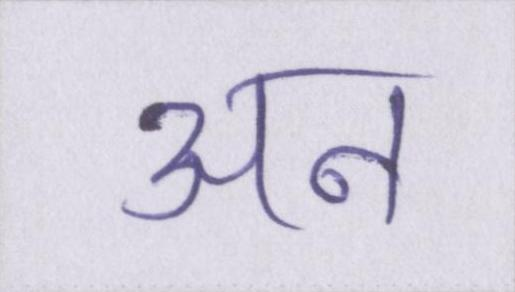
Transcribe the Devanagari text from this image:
अन